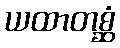
ယထာတစ္ဆံ